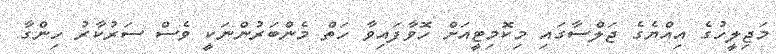
މަޖިލީހުގެ އިއްޔެގެ ޖަލްސާގައި މިކޮމިޓީއަށް ހޮވާފައިވާ ހަތް މެންބަރުންނަކީ ވެސް ސަރުކާރު ހިންގާ